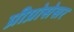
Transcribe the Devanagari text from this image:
प्रीप्रोसेसर